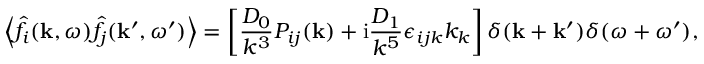
\left\langle \hat { f } _ { i } ( \mathbf { k } , \omega ) \hat { f } _ { j } ( \mathbf { k } ^ { \prime } , \omega ^ { \prime } ) \right\rangle = \left[ \frac { D _ { 0 } } { k ^ { 3 } } P _ { i j } ( \mathbf { k } ) + \mathrm { i } \frac { D _ { 1 } } { k ^ { 5 } } \epsilon _ { i j k } k _ { k } \right] \delta ( \mathbf { k } + \mathbf { k } ^ { \prime } ) \delta ( \omega + \omega ^ { \prime } ) ,